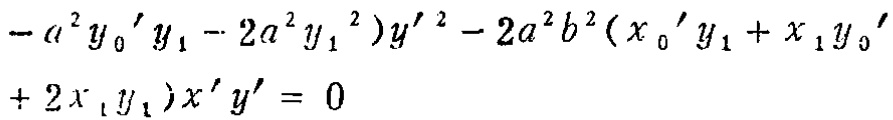
\(- a^{2} y_{0} ' y_{1} - 2a^{2} y_{1} {}^{2} )y' {}^{2} - 2a^{2} b^{2} (x_{0} ' y_{1} + x_{1} y_{0} '+ 2 x_{1} y_{1} )x' y' = 0\)